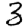
Digit: 3